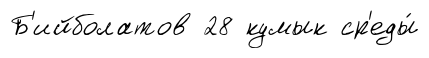
Б'ийболатов 28 кумык ср'еды́